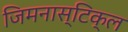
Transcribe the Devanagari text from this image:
जिमनास्टिक्ल